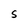
Character: S